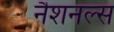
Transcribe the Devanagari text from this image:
नैशनल्स